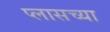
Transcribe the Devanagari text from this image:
प्लासच्या